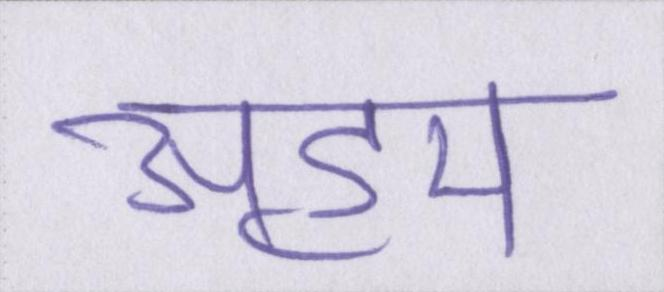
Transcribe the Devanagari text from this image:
अहम